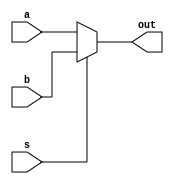
module p_mux5(a,b,s,out);
		input [4:0]a, b;
		input s;
		output [4:0]out;
		
		assign out[4:0] = s ? b[4:0]: a[4:0];
endmodule